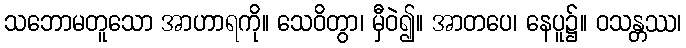
သဘောမတူသော အာဟာရကို။ သေဝိတွာ၊ မှီဝဲ၍။ အာတပေ၊ နေပူ၌။ ဝသန္တဿ၊